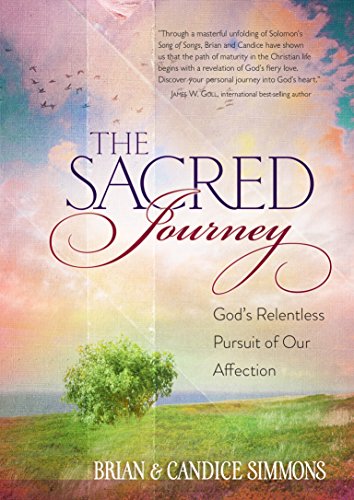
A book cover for The Sacred Journey: God's Relentless Pursuit of Our Affection (The Passion Translation); Simmons  Brian; Christian Books & Bibles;